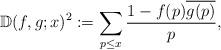
LaTeX: \begin{align*}\mathbb D(f,g;x)^2 := {\sum_{p\leq x} \frac{1-f(p)\overline{g(p)}}p }, \end{align*}